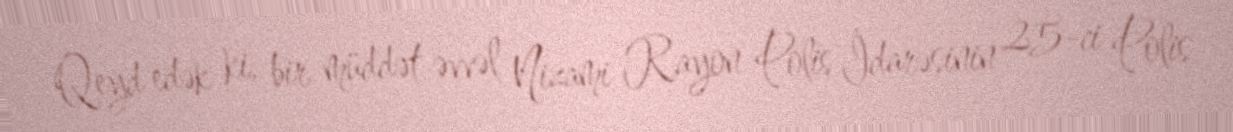
Qeyd edək ki, bir müddət əvvəl Nizami Rayon Polis İdarəsinin 25-ci Polis